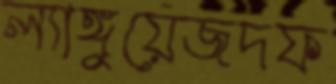
ল্যাঙ্গুয়েজদফ